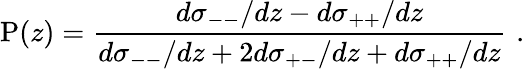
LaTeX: \mathrm{P}(z)=\frac{d\sigma_{--}/dz-d\sigma_{++}/dz}{d\sigma_{--}/dz+2d\sigma_{+-}/dz+d\sigma_{++}/dz}\, \, .